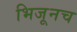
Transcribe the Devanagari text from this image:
भिजूनच